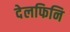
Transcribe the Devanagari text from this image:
देलफिनि